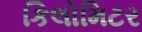
કિલોમિટર